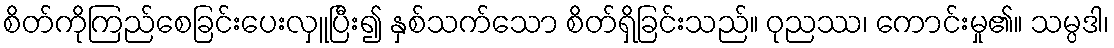
စိတ်ကိုကြည်စေခြင်းပေးလှူပြီး၍ နှစ်သက်သော စိတ်ရှိခြင်းသည်။ ဝုညဿ၊ ကောင်းမှု၏။ သမ္ပဒါ၊